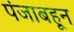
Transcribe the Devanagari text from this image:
पंजाबहून